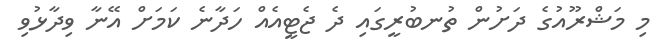
މި މަޝްރޫއުގެ ދަށުން ތުނބުރީގައި ދެ ޖެޓީއެއް ހަދާނެ ކަމަށް އޭނާ ވިދާޅުވި